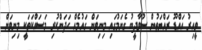
ވީއިރު އައްޑޫ ރައްޔަތުން ސުވާދީބު ގެނަމުގައި މިނިވަން ގައުމެއް ހަދަންކުރި މަސައްކަތަކީ މިނިވަން